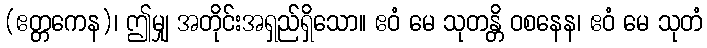
(ဧတ္တကေန)၊ ဤမျှ အတိုင်းအရှည်ရှိသော။ ဧဝံ မေ သုတန္တိ ဝစနေန၊ ဧဝံ မေ သုတံ